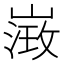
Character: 𡻶